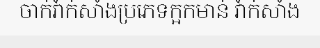
ចាក់វ៉ាក់សាំងប្រភេទក្អកមាន់ វ៉ាក់សាំង